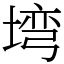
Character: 塆